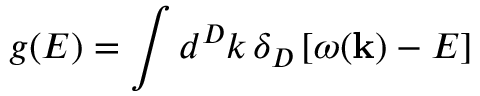
g ( E ) = \int d ^ { D } k \, \delta _ { D } \left[ \omega ( { \bf k } ) - E \right]